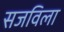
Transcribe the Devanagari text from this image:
सजविला